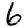
Digit: 6